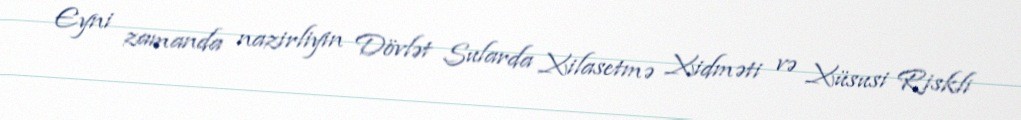
Eyni zamanda nazirliyin Dövlət Sularda Xilasetmə Xidməti və Xüsusi Riskli